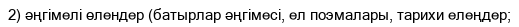
2) әңгімелі өлендер (батырлар әңгімесі, ел поэмалары, тарихи елеңдер;